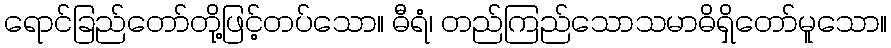
ရောင်ခြည်တော်တို့ဖြင့်တပ်သော။ ဓီရံ၊ တည်ကြည်သောသမာဓိရှိတော်မူသော။